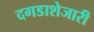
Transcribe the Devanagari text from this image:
दगडाशेजारी